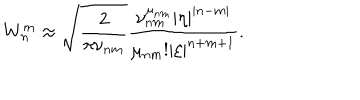
LaTeX: W _ { n } ^ { m } \approx \sqrt { \frac 2 { \pi \nu _ { n m } } } \frac { \nu _ { n m } ^ { \mu _ { n m } } | \eta | ^ { | n - m | } } { \mu _ { n m } ! | \xi | ^ { n + m + 1 } } .